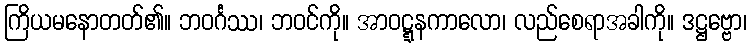
ကြိယမနောတတ်၏။ ဘဝင်္ဂဿ၊ ဘဝင်ကို။ အာဝဋ္ဋနကာလော၊ လည်စေရာအခါကို။ ဒဋ္ဌဗ္ဗော၊